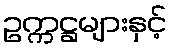
ဥက္ကဋ္ဌများနှင့်